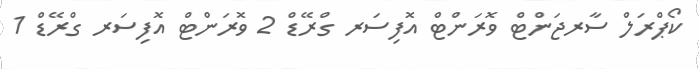
ކޯޕްރަލް ސާރޖަންޓް ވޮރަންޓް އޮފިސަރ ގްރޭޑް 2 ވޮރަންޓް އޮފިސަރ ގްރޭޑް 1